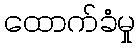
ထောက်ခံမှု